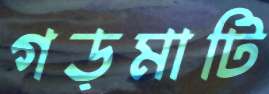
গড়মাটি